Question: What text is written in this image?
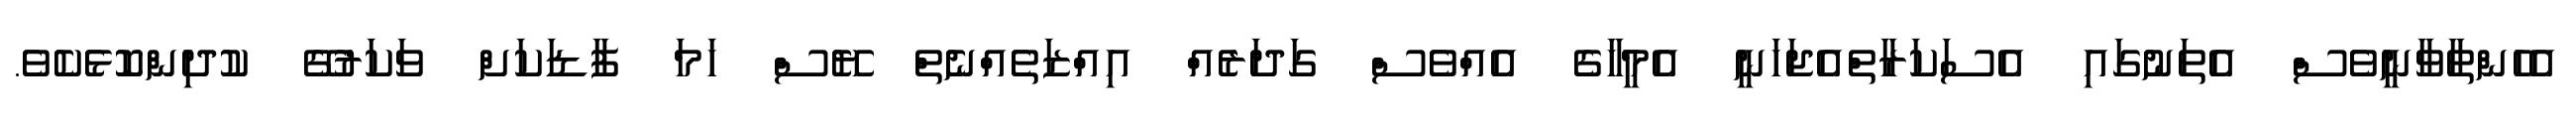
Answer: އެހެންތާވާނީވެސް އެތަނުގައި އެސަކަރާތްއެޖަހަނީ އެމީހާގެ އެއްވެސް ގަދަރެއް އިއްޒަތެއްނެތް ޔޭސް ހަމަ ފާޑަކަށް ވަކަރުގޭ ކުދިންކޮޅެކެވެ.